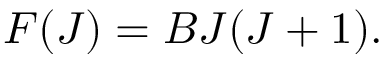
F ( J ) = B J ( J + 1 ) .